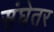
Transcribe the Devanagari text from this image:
संघेतर